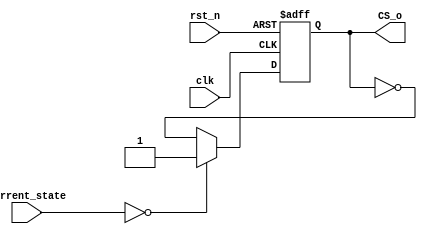
module pkt_gen_ctrl(
    input   clk,
            rst_n,
    input [3:0] current_state,
    output  reg  CS_o
);
localparam [3:0]    IDLE = 4'd0,
                    ACT     =   4'd8,
                    WRP     =   4'd1,
                    WRPA    =   4'd3,
                    MRW     =   4'd2,
                    MRR     =   4'd6,
                    WR      =   4'd7,
                    WRA     =   4'd5,
                    RD      =   4'd4,
                    RDA     =   4'd12,
                    PRE     =   4'd13;

wire D_in;
wire CS_in;

assign D_in = (current_state == IDLE) ? 1'b1:CS_in;
assign CS_in = !(CS_o^1'b0);


always @(negedge clk or negedge rst_n)begin
    if(!rst_n)begin
        CS_o <= 1'b0;
    end
    else
        CS_o <= D_in;
end

endmodule